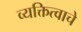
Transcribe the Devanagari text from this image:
व्यक्तित्वाचे